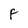
Character: F